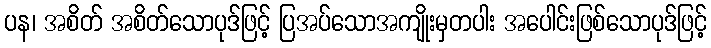
ပန၊ အစိတ် အစိတ်သောပုဒ်ဖြင့် ပြအပ်သောအကျိုးမှတပါး အပေါင်းဖြစ်သောပုဒ်ဖြင့်